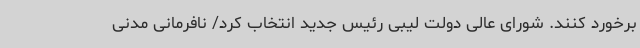
برخورد کنند. شورای عالی دولت لیبی رئیس جدید انتخاب کرد/ نافرمانی مدنی